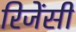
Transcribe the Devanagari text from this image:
रिजेंसी